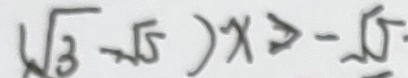
\sqrt { 3 } - \sqrt { 5 } ) x > - 1 5